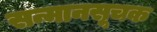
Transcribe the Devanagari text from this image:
सन्मानसूचक